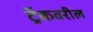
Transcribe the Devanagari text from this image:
ट्रॅकवरील